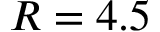
R = 4 . 5